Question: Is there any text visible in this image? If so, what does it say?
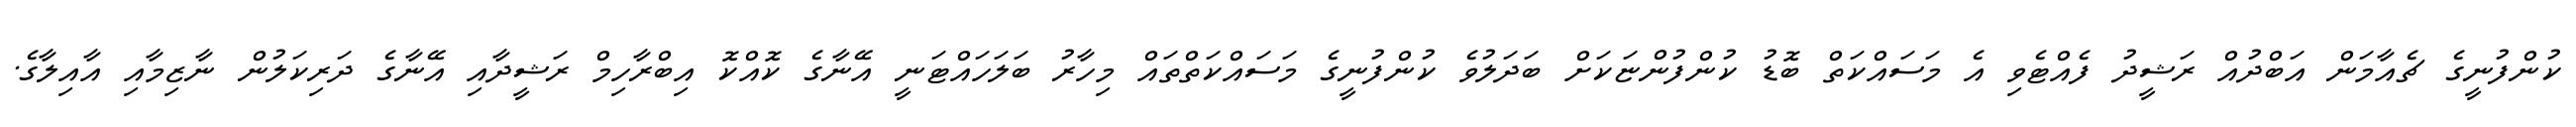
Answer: ކުންފުނީގެ ޗެއާމަން އަބްދުއް ރަޝީދު ފެއްޓެވި އެ މަސައްކަތް ބޮޑު ކުންފުންޏަކަށް ބަދަލުވެ ކުންފުނީގެ މަސައްކަތްތައް މިހާރު ބަލަހައްޓަނީ އޭނާގެ ކޮއްކޮ އިބްރާހިމް ރަޝީދާއި އޭނާގެ ދަރިކަލުން ނާޒިމާއި އާއިލާގެ.